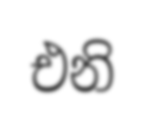
එනි